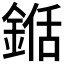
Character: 𮢍